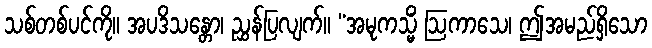
သစ်တစ်ပင်ကို။ အပဒိသန္တော၊ ညွှန်ပြလျက်။ “အမုကသ္မိံ ဩကာသေ၊ ဤအမည်ရှိသော